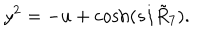
y ^ { 2 } = - u + \cosh ( s / \tilde { R } _ { 7 } ) .